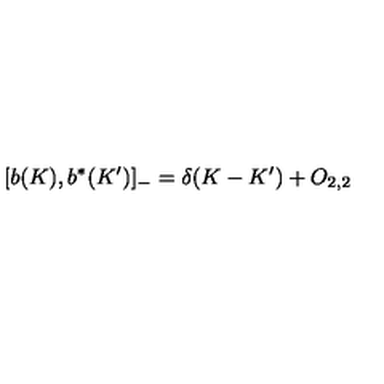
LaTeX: \lbrack b ( K ) , b ^ { \ast } ( K ^ { \prime } ) ] _ { - } = \delta ( K - K ^ { \prime } ) + O _ { 2 , 2 }